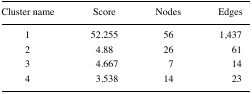
| Cluster name | Score | Nodes | Edges |
 | --- | --- | --- | --- |
 | 1 | 52.255 | 56 | 1,437 |
 | 2 | 4.88 | 26 | 61 |
 | 3 | 4.667 | 7 | 14 |
 | 4 | 3.538 | 14 | 23 |